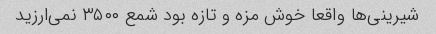
شیرینی‌ها واقعا خوش مزه و تازه بود شمع ۳۵۰۰ نمی‌ارزید